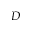
D